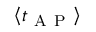
\left\langle t _ { \mathrm { ~ A ~ P ~ } } \right\rangle